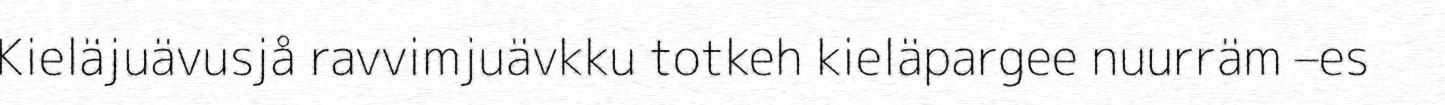
Kieläjuävusjå ravvimjuävkku totkeh kieläpargee nuurräm –es